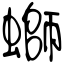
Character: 螄